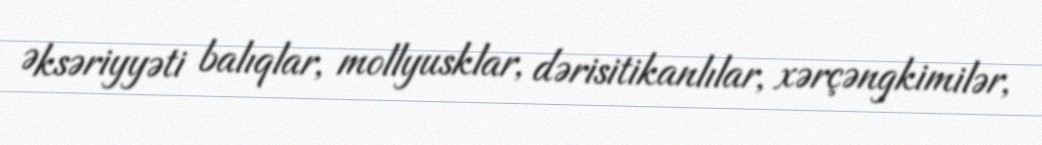
Əksəriyyəti balıqlar, mollyusklar, dərisitikanlılar, xərçəngkimilər,